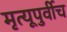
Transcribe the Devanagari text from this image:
मृत्यूपुर्वीच